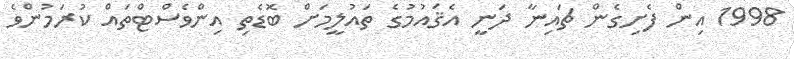
1998 އިން ފެށިގެން ޗައިނާ ދަނީ އެޤައުމުގެ ތައުލީމަށް ބޮޑެތި އިންވެސްޓްތައް ކުރަމުންވެ